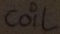
Text: coil